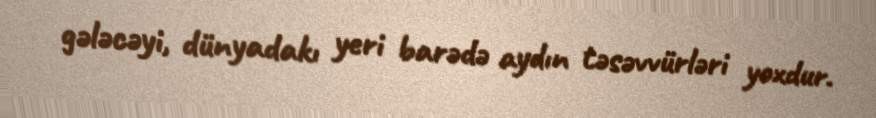
gələcəyi, dünyadakı yeri barədə aydın təsəvvürləri yoxdur.